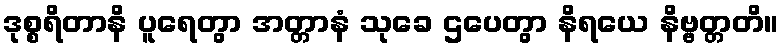
ဒုစ္စရိတာနိ ပူရေတွာ အတ္တာနံ သုခေ ဌပေတွာ နိရယေ နိဗ္ဗတ္တတိ။